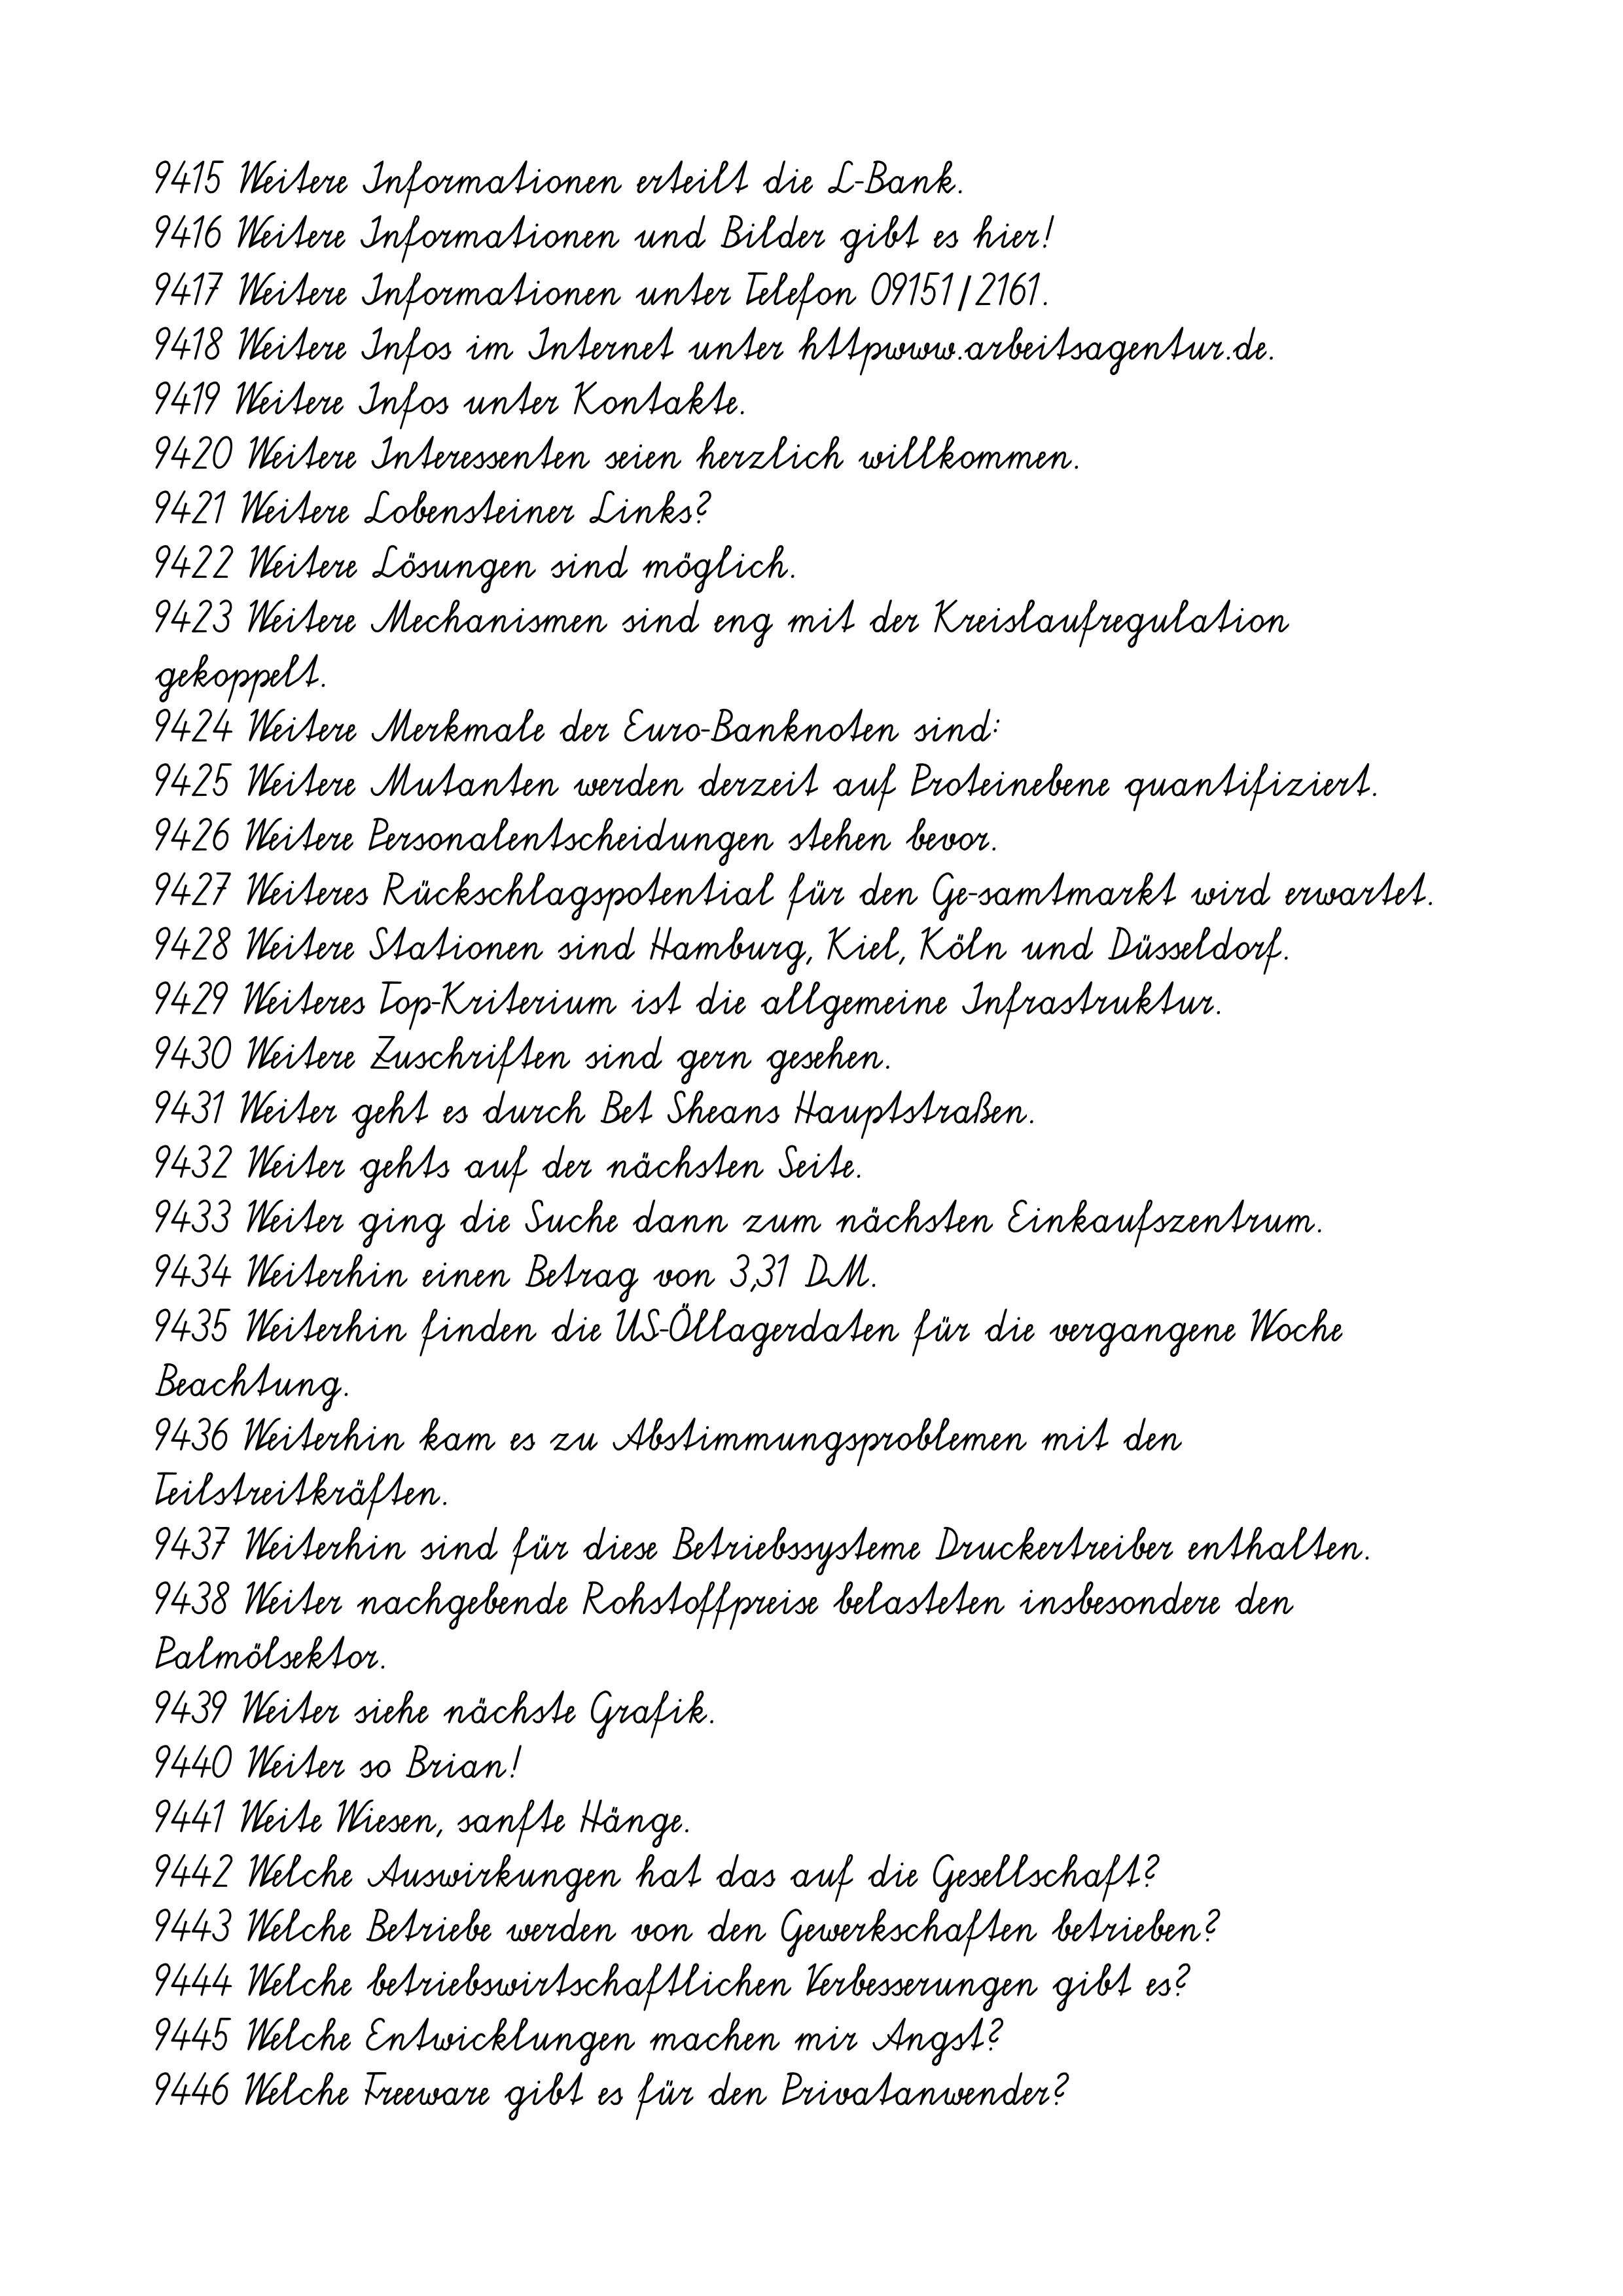
9415 Weitere Informationen erteilt die L-Bank.
9416 Weitere Informationen und Bilder gibt es hier!
9417 Weitere Informationen unter Telefon 09151/2161.
9418 Weitere Infos im Internet unter httpwww.arbeitsagentur.de.
9419 Weitere Infos unter Kontakte.
9420 Weitere Interessenten seien herzlich willkommen.
9421 Weitere Lobensteiner Links?
9422 Weitere Lösungen sind möglich.
9423 Weitere Mechanismen sind eng mit der Kreislaufregulation
gekoppelt.
9424 Weitere Merkmale der Euro-Banknoten sind:
9425 Weitere Mutanten werden derzeit auf Proteinebene quantifiziert.
9426 Weitere Personalentscheidungen stehen bevor.
9427 Weiteres Rückschlagspotential für den Ge-samtmarkt wird erwartet.
9428 Weitere Stationen sind Hamburg, Kiel, Köln und Düsseldorf.
9429 Weiteres Top-Kriterium ist die allgemeine Infrastruktur.
9430 Weitere Zuschriften sind gern gesehen.
9431 Weiter geht es durch Bet Sheans Hauptstraßen.
9432 Weiter gehts auf der nächsten Seite.
9433 Weiter ging die Suche dann zum nächsten Einkaufszentrum.
9434 Weiterhin einen Betrag von 3,31 DM.
9435 Weiterhin finden die US-Öllagerdaten für die vergangene Woche
Beachtung.
9436 Weiterhin kam es zu Abstimmungsproblemen mit den
Teilstreitkräften.
9437 Weiterhin sind für diese Betriebssysteme Druckertreiber enthalten.
9438 Weiter nachgebende Rohstoffpreise belasteten insbesondere den
Palmölsektor.
9439 Weiter siehe nächste Grafik.
9440 Weiter so Brian!
9441 Weite Wiesen, sanfte Hänge.
9442 Welche Auswirkungen hat das auf die Gesellschaft?
9443 Welche Betriebe werden von den Gewerkschaften betrieben?
9444 Welche betriebswirtschaftlichen Verbesserungen gibt es?
9445 Welche Entwicklungen machen mir Angst?
9446 Welche Freeware gibt es für den Privatanwender?